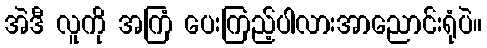
အဲဒီ လူကို အကြံ ပေးကြည့်ပါလားအာညောင်းရုံပဲ။